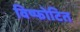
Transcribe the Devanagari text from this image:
विष्फोटित